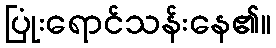
ပြုံးရောင်သန်းနေ၏။